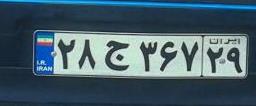
۲۸ج۳۶۷۲۹